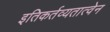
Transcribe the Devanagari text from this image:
इतिकर्तव्यतात्वेन